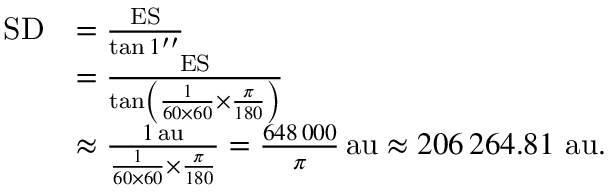
{ \begin{array} { r l } { \mathrm { S D } } & { = { \frac { \mathrm { E S } } { \tan 1 ^ { \prime \prime } } } } \\ & { = { \frac { \mathrm { E S } } { \tan \left( { \frac { 1 } { 6 0 \times 6 0 } } \times { \frac { \pi } { 1 8 0 } } \right) } } } \\ & { \approx { \frac { 1 \, \mathrm { a u } } { { \frac { 1 } { 6 0 \times 6 0 } } \times { \frac { \pi } { 1 8 0 } } } } = { \frac { 6 4 8 \, 0 0 0 } { \pi } } \, \mathrm { a u } \approx 2 0 6 \, 2 6 4 . 8 1 ~ \mathrm { a u } . } \end{array} }